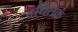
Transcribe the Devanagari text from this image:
दधितक्रं